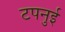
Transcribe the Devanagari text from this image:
टपनुई